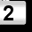
Digit: 2